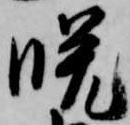
晩